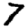
Digit: 7